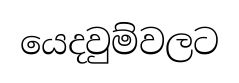
යෙදවුම්වලට